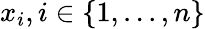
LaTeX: x_{i},i\in\{ 1,...,n\}